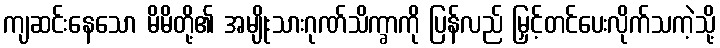
ကျဆင်းနေသော မိမိတို့၏ အမျိုးသားဂုဏ်သိက္ခာကို ပြန်လည် မြှင့်တင်ပေးလိုက်သကဲ့သို့